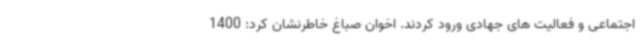
اجتماعی و فعالیت های جهادی ورود کردند. اخوان صباغ خاطرنشان کرد: 1400